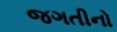
જગતીનો